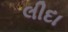
લીદા